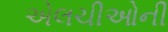
એલચીઓની